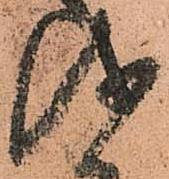
儀